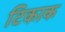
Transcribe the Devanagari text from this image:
टिकाक